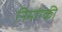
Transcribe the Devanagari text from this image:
निमांग्की